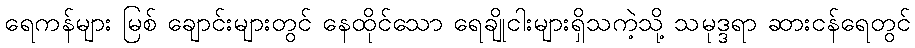
ရေကန်များ မြစ် ချောင်းများတွင် နေထိုင်သော ရေချိုငါးများရှိသကဲ့သို့ သမုဒ္ဒရာ ဆားငန်ရေတွင်